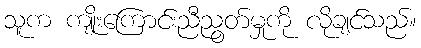
သူက ကျိုးကြောင်းညီညွတ်မှုကို လိုချင်သည်။